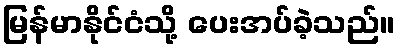
မြန်မာနိုင်ငံသို့ ပေးအပ်ခဲ့သည်။